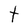
Character: t